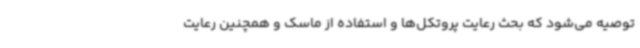
توصیه می‌شود که بحث رعایت پروتکل‌ها و استفاده از ماسک و همچنین رعایت